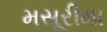
મસૂરીમા